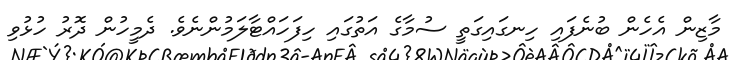
މާޒިން އެހެން ބުނެފައި ހިނގައިގަތީ ސުމާގެ އަތުގައި ހިފަހައްޓާލަމުންނެވެ. ދެމީހުން ދޮރު ހުޅުވި